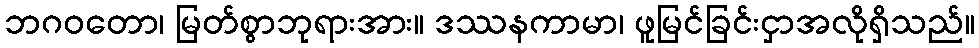
ဘဂဝတော၊ မြတ်စွာဘုရားအား။ ဒဿနကာမာ၊ ဖူမြင်ခြင်းငှာအလိုရှိသည်။